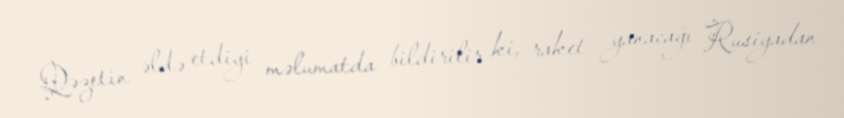
Qəzetin əldə etdiyi məlumatda bildirilir ki, raket yanacağı Rusiyadan